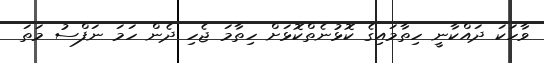
ވާހަކަ ދައްކާނީ ހިތާމައިގެ ކޮޅުނެތްކޮޅަށް ހިތާމަ ޖެހި ދެން ހަމަ ނަފްސު މަތަ